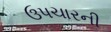
ઉપચારની